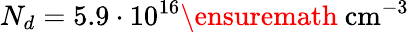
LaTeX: N_{d}=5.9\cdot 10^{16}\ensuremath{~\mathrm{cm}^{-3}}